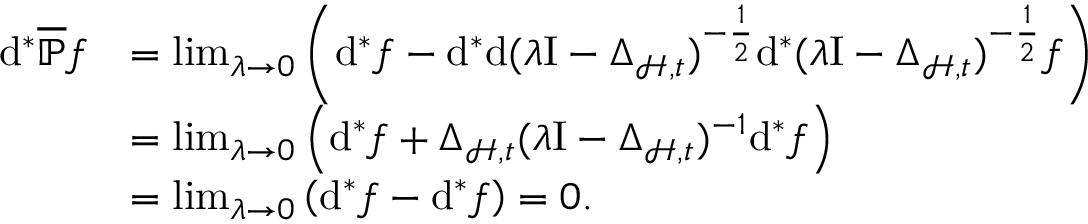
\begin{array} { r l } { \mathrm { d } ^ { \ast } \overline { { \mathbb { P } } } f } & { = \operatorname* { l i m } _ { \lambda \rightarrow 0 } \left( \mathrm { d } ^ { \ast } f - \mathrm { d } ^ { \ast } \mathrm { d } ( \lambda \mathrm { I } - \Delta _ { \mathcal { H } , \mathfrak { t } } ) ^ { - \frac { 1 } { 2 } } \mathrm { d } ^ { \ast } ( \lambda \mathrm { I } - \Delta _ { \mathcal { H } , \mathfrak { t } } ) ^ { - \frac { 1 } { 2 } } f \right) } \\ & { = \operatorname* { l i m } _ { \lambda \rightarrow 0 } \left( \mathrm { d } ^ { \ast } f + \Delta _ { \mathcal { H } , \mathfrak { t } } ( \lambda \mathrm { I } - \Delta _ { \mathcal { H } , \mathfrak { t } } ) ^ { - 1 } \mathrm { d } ^ { \ast } f \right) } \\ & { = \operatorname* { l i m } _ { \lambda \rightarrow 0 } \left( \mathrm { d } ^ { \ast } f - \mathrm { d } ^ { \ast } f \right) = 0 . } \end{array}